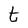
Character: t